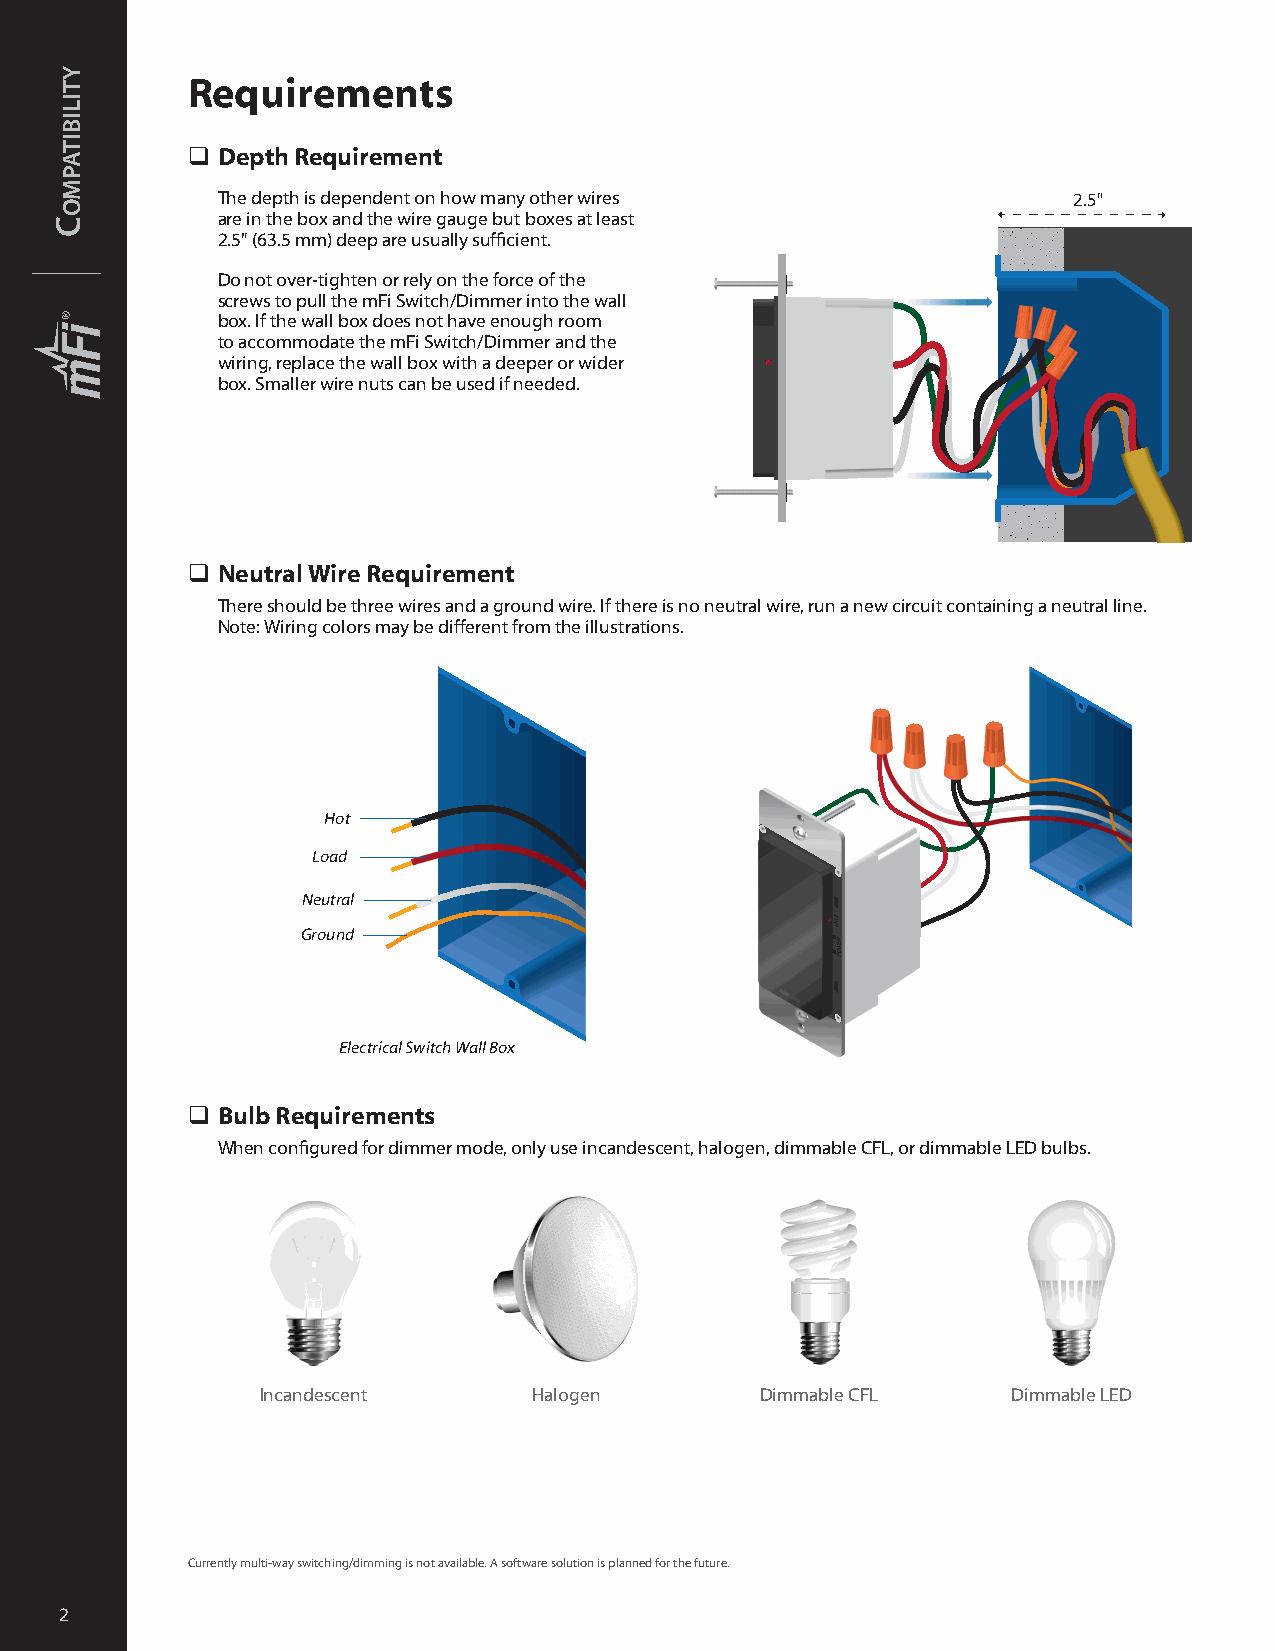
Requirements
 q Depth Requirement
 The depth is dependent on how many other wires           2.5"
 are in the box and the wire gauge but boxes at least
 2.5" (63.5 mm) deep are usually sufficient.
 Do not over-tighten or rely on the force of the
 screws to pull the mFi Switch/Dimmer into the wall
 box. If the wall box does not have enough room
 to accommodate the mFi Switch/Dimmer and the
 wiring, replace the wall box with a deeper or wider
 box. Smaller wire nuts can be used if needed.
 q Neutral Wire Requirement
 There should be three wires and a ground wire. If there is no neutral wire, run a new circuit containing a neutral line.
 Note: Wiring colors may be different from the illustrations.
 Hot
 Load
 Neutral
 Ground
 Electrical Switch Wall Box
 q Bulb Requirements
 When configured for dimmer mode, only use incandescent, halogen, dimmable CFL, or dimmable LED bulbs.
 Incandescent      Halogen        Dimmable CFL     Dimmable LED
 Currently multi-way switching/dimming is not available. A software solution is planned for the future.
 2
 C
 ytilibitapmo